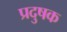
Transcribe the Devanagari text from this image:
प्रदुषक